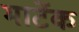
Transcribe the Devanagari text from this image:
मार्टेक